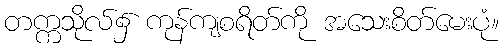
တက္ကသိုလ်၌ ကုန်ကျစရိတ်ကို အသေးစိတ်မေးပုံ။